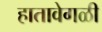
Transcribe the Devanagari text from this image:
हातावेगळी